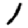
Digit: 1